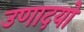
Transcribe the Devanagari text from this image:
उणादयो